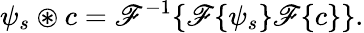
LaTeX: \psi_{s}\circledast c=\mathscr{F}^{-1}\{ \mathscr{F}\{ \psi_{s}\} \mathscr{F}\{ c\} \} .